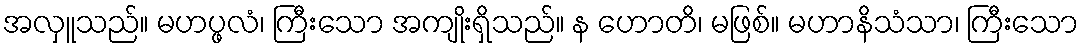
အလှူသည်။ မဟပ္ဖလံ၊ ကြီးသော အကျိုးရှိသည်။ န ဟောတိ၊ မဖြစ်။ မဟာနိသံသာ၊ ကြီးသော